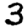
Digit: 3